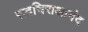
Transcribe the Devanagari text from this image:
सदचित्तआनंद